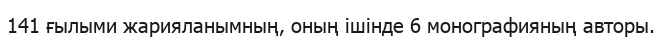
141 ғылыми жарияланымның, оның ішінде 6 монографияның авторы.